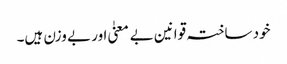
خود ساختہ قوانین بے معنیٰ اور بے وزن ہیں۔